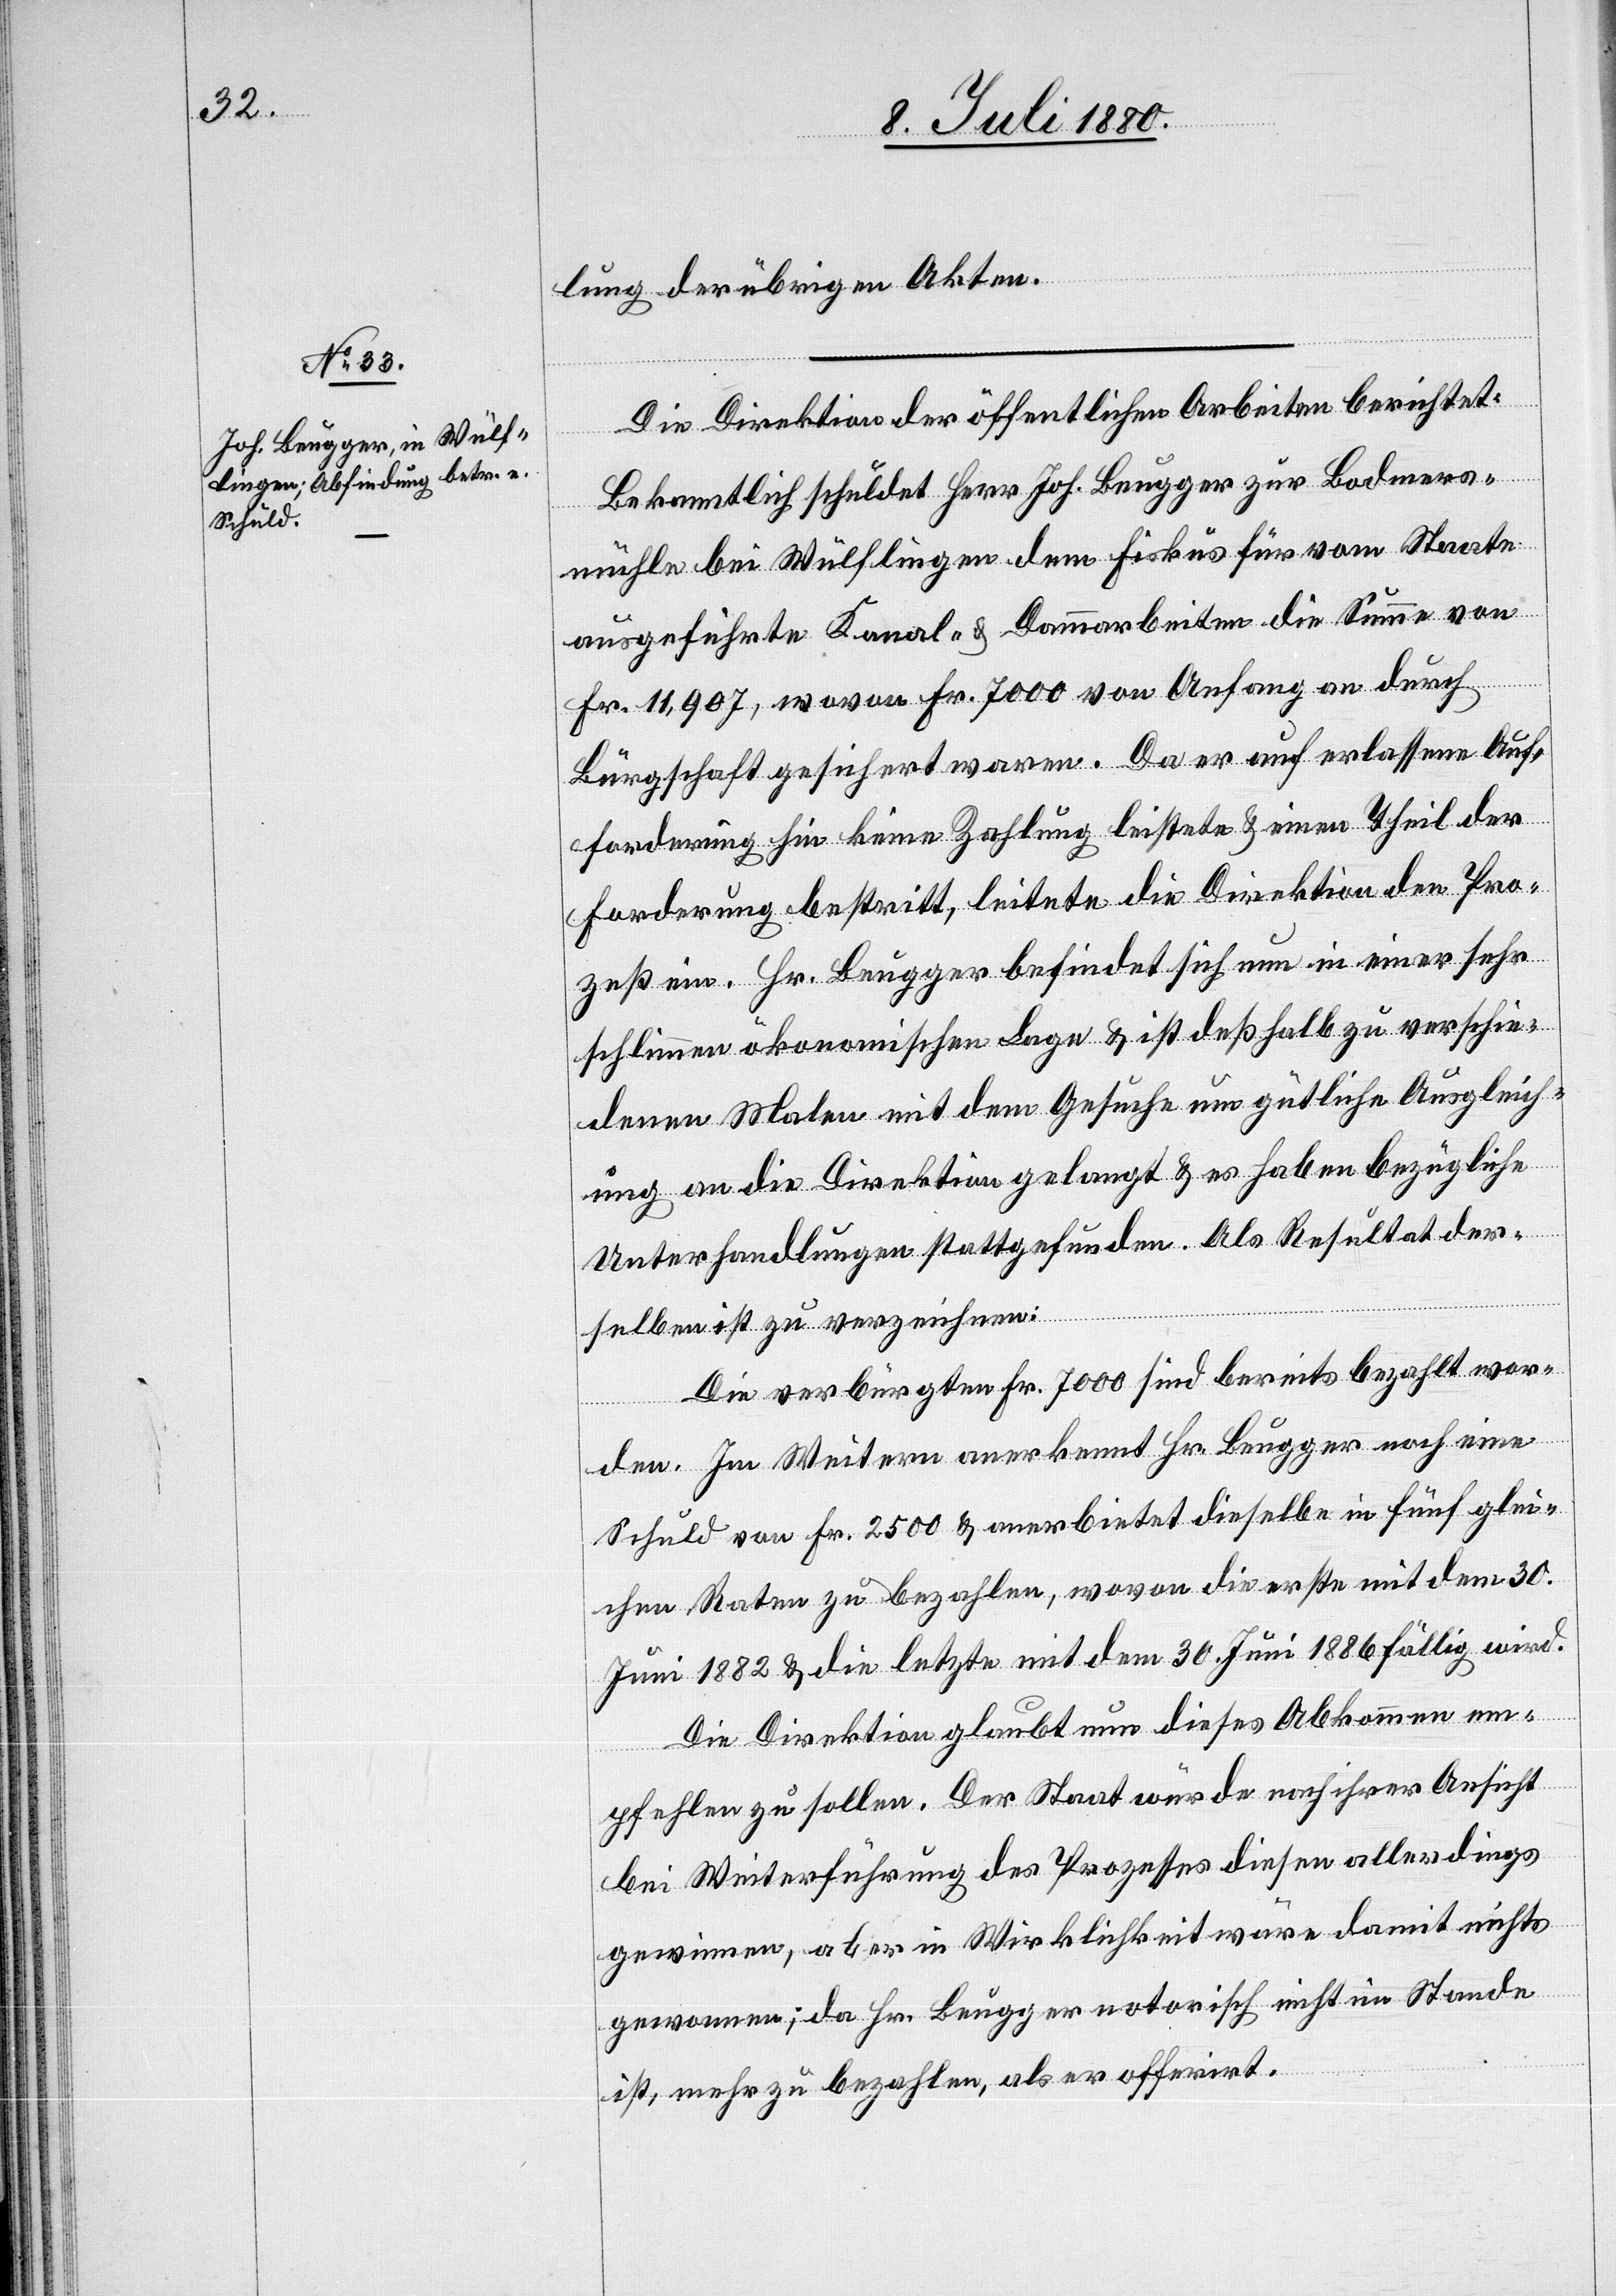
lung der übrigen Akten.
Die Direktion der öffentlichen Arbeiten berichtet:
Bekanntlich schuldet Herr Joh. Beugger zur Bodmers¬
mühle bei Wülflingen dem Fiskus für vom Staate
ausgeführte Kanal- & Dammarbeiten die Summe von
Fr. 11,907, wovon Fr. 7000 von Anfang an durch
Bürgschaft gesichert waren. Da er auf erlassene Auf¬
forderung hin keine Zahlung leistete & einen Theil der
Forderung bestritt, leitete die Direktion den Pro¬
zeß ein. Hr. Beugger befindet sich nun in einer sehr
schlimmen ökonomischen Lage & ist deßhalb zu verschie¬
denen Malen mit dem Gesuche um gütliche Ausgleich¬
ung an die Direktion gelangt & es haben bezügliche
Unterhandlungen stattgefunden. Als Resultat der¬
selben ist zu verzeichnen:
Die verbürgten Fr. 7000 sind bereits bezahlt wor¬
den. Im Weitern anerkannt Hr. Beugger noch eine
Schuld von Fr. 2500 & anerbietet dieselbe in fünf glei¬
chen Raten zu bezahlen, wovon die erste mit dem 30.
Juni 1882 & die letzte mit dem 30. Juni 1886 fällig wird.
Die Direktion glaubt nun dieses Abkommen em¬
pfehlen zu sollen. Der Staat würde nach ihrer Ansicht
bei Weiterführung des Prozesses diesen allerdings
gewinnen, aber in Wirklichkeit wäre damit nichts
gewonnen; da Hr. Beugger notorisch nicht im Stande
ist, mehr zu bezahlen, als er offerirt.